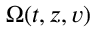
\Omega ( t , z , v )